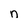
Character: n